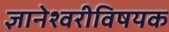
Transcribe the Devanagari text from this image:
ज्ञानेश्वरीविषयक